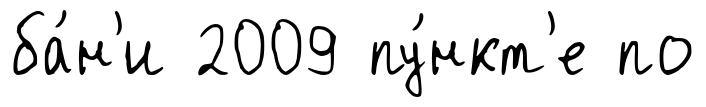
ба́н'и 2009 пу́нкт'е по